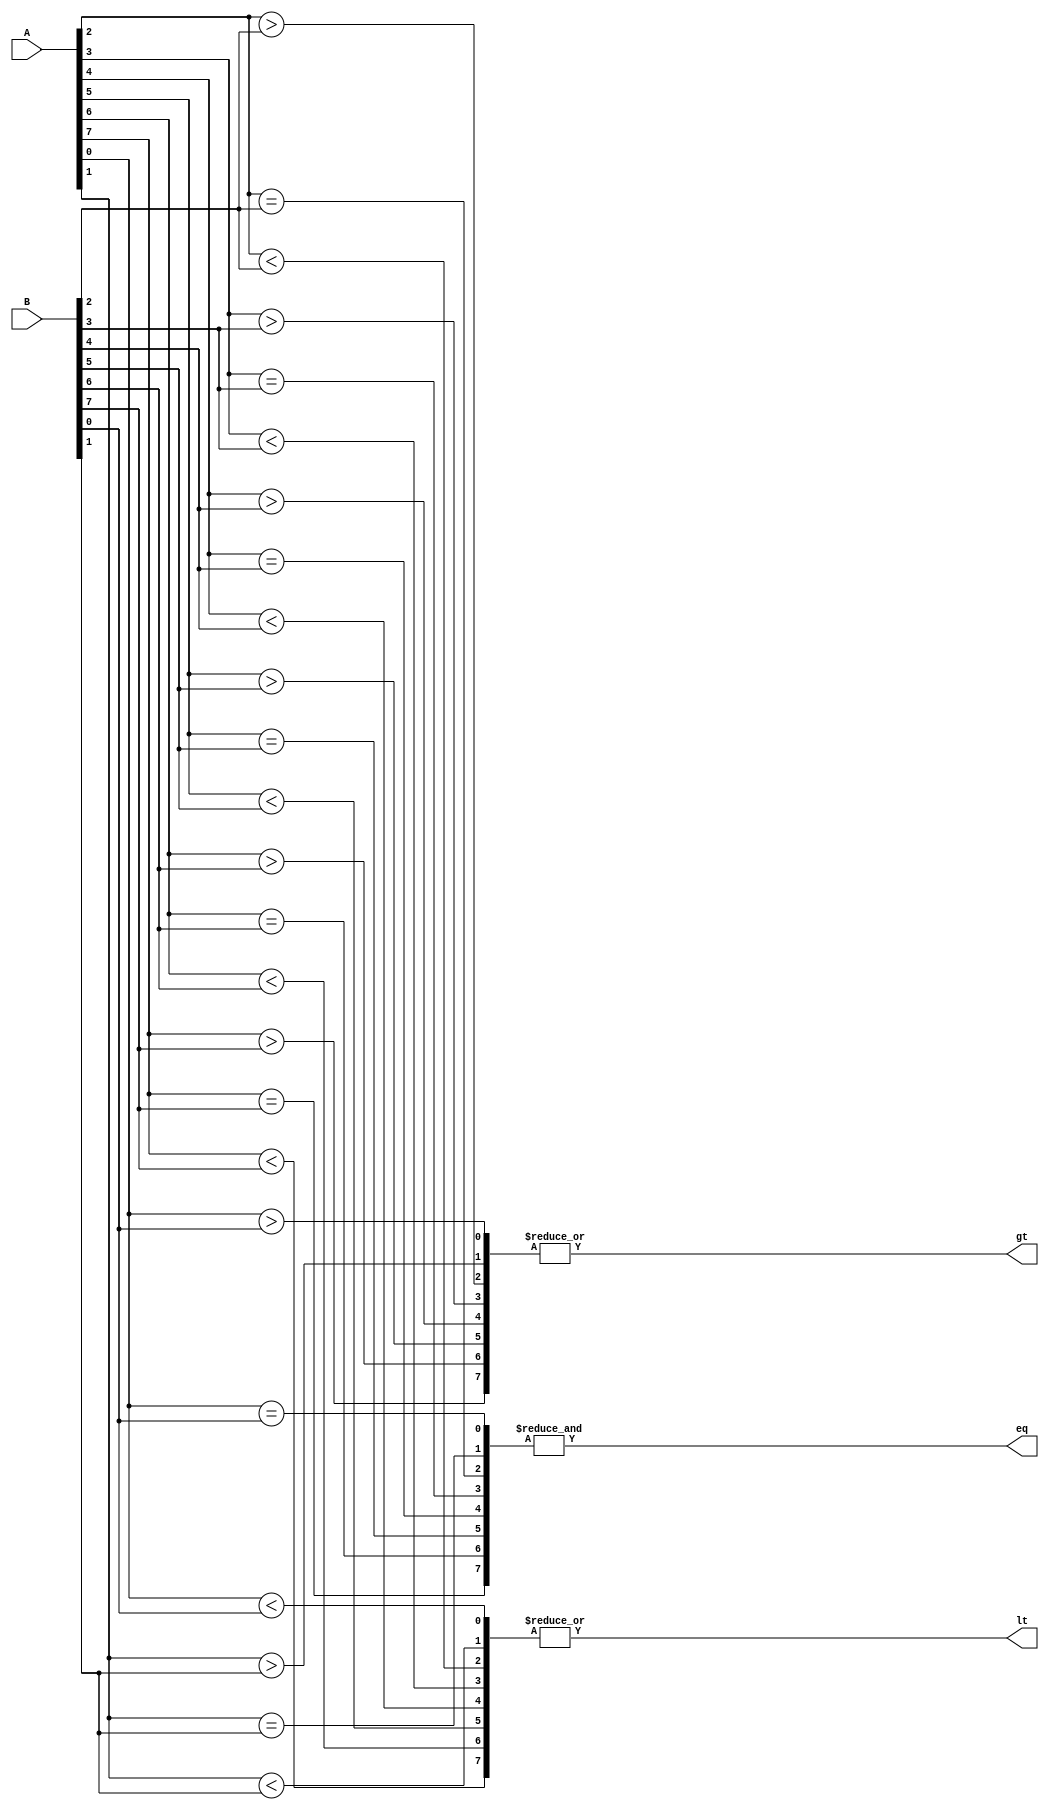
module comparator (
  input [7:0] A,
  input [7:0] B,
  output eq,
  output gt,
  output lt
);

wire [7:0] equal;
wire [7:0] greater;
wire [7:0] less;

// Combinational logic blocks for comparing each pair of bits
genvar i;
generate
  for (i = 0; i < 8; i = i + 1) begin
    assign equal[i] = (A[i] == B[i]);
    assign greater[i] = (A[i] > B[i]);
    assign less[i] = (A[i] < B[i]);
  end
endgenerate

// Combine outputs of all logic blocks to produce final result
assign eq = &equal;
assign gt = |(greater);
assign lt = |(less);

endmodule